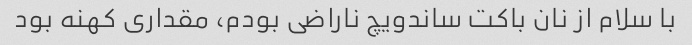
با سلام از نان باکت ساندویچ ناراضی بودم، مقداری کهنه بود